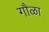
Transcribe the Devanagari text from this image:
गौळा